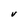
Character: V